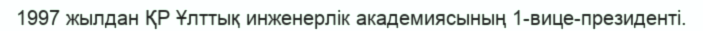
1997 жылдан ҚР Ұлттық инженерлік академиясының 1-вице-президенті.